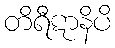
တိရီဋာနိပိ